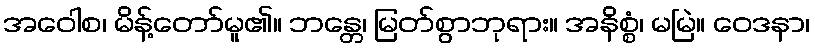
အဝေါစ၊ မိန့်တော်မူ၏။ ဘန္တေ၊ မြတ်စွာဘုရား။ အနိစ္စံ၊ မမြဲ။ ဝေဒနာ၊